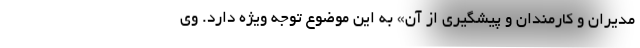
مدیران و کارمندان و پیشگیری از آن» به این موضوع توجه ویژه دارد. وی